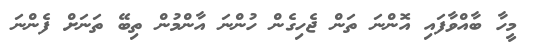
މީހާ ބާއްވާފައި އޮންނަ ތަން ޖެހިގެން ހުންނަ އާންމުން ތިބޭ ތަނަށް ފެންނަ